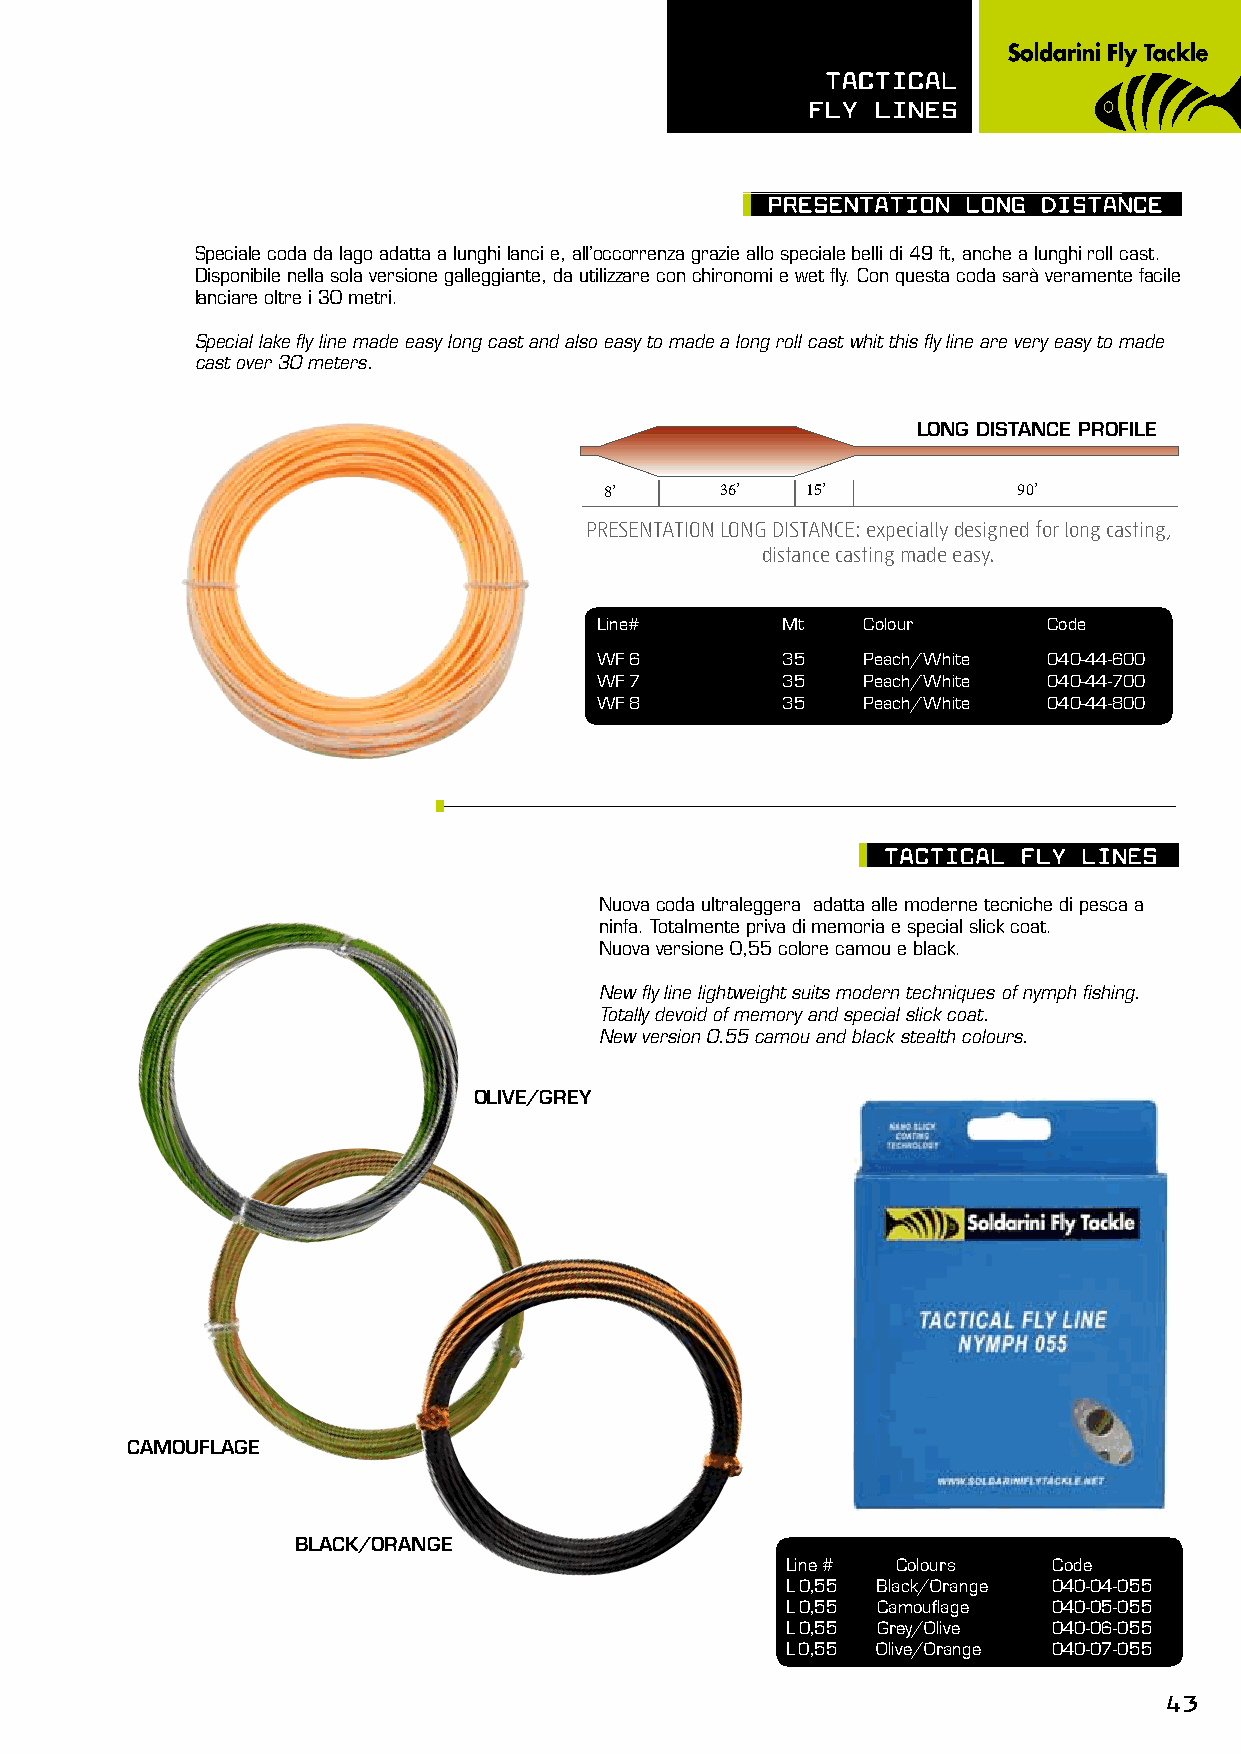
TACTICAL
 FLy LInEs
 pREsEnTATIOn LOnG dIsTAnCE
 Speciale coda da lago adatta a lunghi lanci e, all’occorrenza grazie allo speciale belli di 49 ft, anche a lunghi roll cast.
 Disponibile nella sola versione galleggiante, da utilizzare con chironomi e wet fly. Con questa coda sarà veramente facile
 lanciare oltre i 30 metri.
 Special lake fly line made easy long cast and also easy to made a long roll cast whit this fly line are very easy to made
 cast over 30 meters.
 LONG DISTANCE PROFILE
 8’      36’  15’           90’
 PRESENTATION LONG DISTANCE: expecially designed for long casting,
 distance casting made easy.
 Line#        Mt   Colour      Code
 WF 6         35   Peach/White 040-44-600
 WF 7         35   Peach/White 040-44-700
 WF 8         35   Peach/White 040-44-800
 TACTICAL  FLy LInEs
 Nuova coda ultraleggera adatta alle moderne tecniche di pesca a
 ninfa. Totalmente priva di memoria e special slick coat.
 Nuova versione 0,55 colore camou e black.
 New fly line lightweight suits modern techniques of nymph fishing.
 Totally devoid of memory and special slick coat.
 New version 0.55 camou and black stealth colours.
 OLIVE/GREY
 CAMOUFLAGE
 BLACK/ORANGE
 Line # Colours    Code
 L 0,55 Black/Orange 040-04-055
 L 0,55 Camouflage 040-05-055
 L 0,55 Grey/Olive 040-06-055
 L 0,55 Olive/Orange 040-07-055
 43